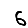
Digit: 6